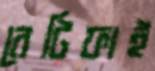
রেটিফাই